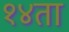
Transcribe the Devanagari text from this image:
१४ता